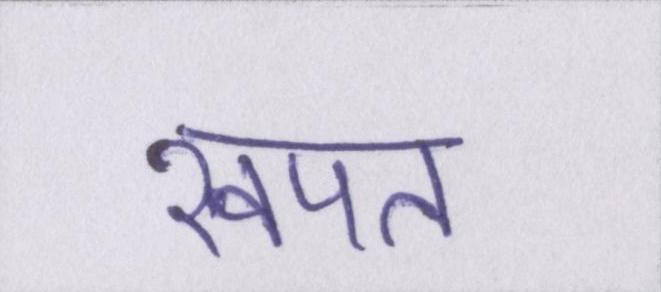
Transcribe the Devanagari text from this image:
खपत